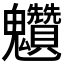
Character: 𩵆